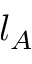
l _ { A }